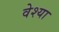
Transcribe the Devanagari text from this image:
वेश्‍या